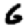
Digit: 6